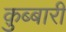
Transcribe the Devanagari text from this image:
क़ुब्बारी